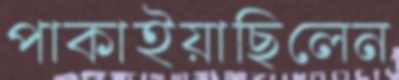
পাকাইয়াছিলেন